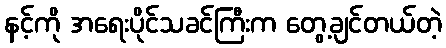
နင့်ကို အရေးပိုင်သခင်ကြီးက တွေ့ချင်တယ်တဲ့